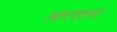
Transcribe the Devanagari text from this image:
आरएलए